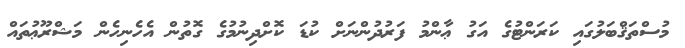
މުސްތަޤްބަލުގައި ކަރަންޓުގެ އަގު ޢާންމު ފަރުދުންނަށް ކުޑަ ކޮށްދިނުމުގެ ގޮތުން އެހެނިހެން މަޝްރޫޢުތައް